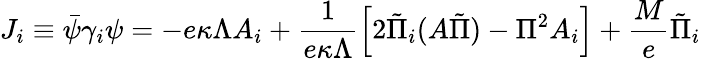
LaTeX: J_{i}\equiv\bar{\psi}\gamma_{i}\psi=-e\kappa\Lambda A_{i}+\frac{1}{e\kappa\Lambda}\left[2\tilde{\Pi}_{i}(A\tilde{\Pi})-\Pi^{2}A_{i}\right]+\frac{M}{e}\tilde{\Pi}_{i}